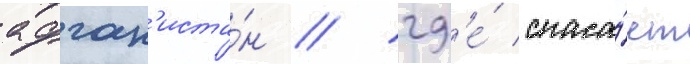
афган'иста́н / гд'е́ спаса́ет